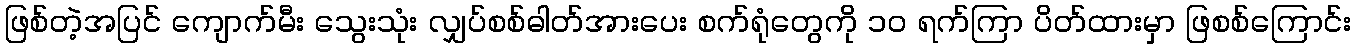
ဖြစ်တဲ့အပြင် ကျောက်မီး သွေးသုံး လျှပ်စစ်ဓါတ်အားပေး စက်ရုံတွေကို ၁၀ ရက်ကြာ ပိတ်ထားမှာ ဖြစစ်ကြောင်း